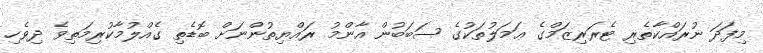
މިފަދަ ނުރައްކާތެރި ޓެރަރިޒަމްގެ ޢަމަލުތަކުގެ ސަބަބުން އާންމު ރައްޔިތުންނަށް ބޮޑެތި ގެއްލުމާކުރިމަތިވެ ދިވެހި